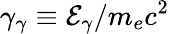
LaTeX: \gamma_{\gamma}\equiv\mathcal{E}_{\gamma}/m_{e}c^{2}